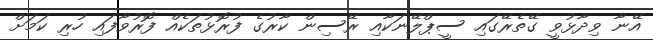
އޭނާ ވިދާޅުވީ ގޭތެރޭގައި ސީޕްލޭނަކާއި ރޭސިން ކާރުގެ ފުރޮޅުތަކެއް ފޮރުވާފައި ހުރި ކަމަށް